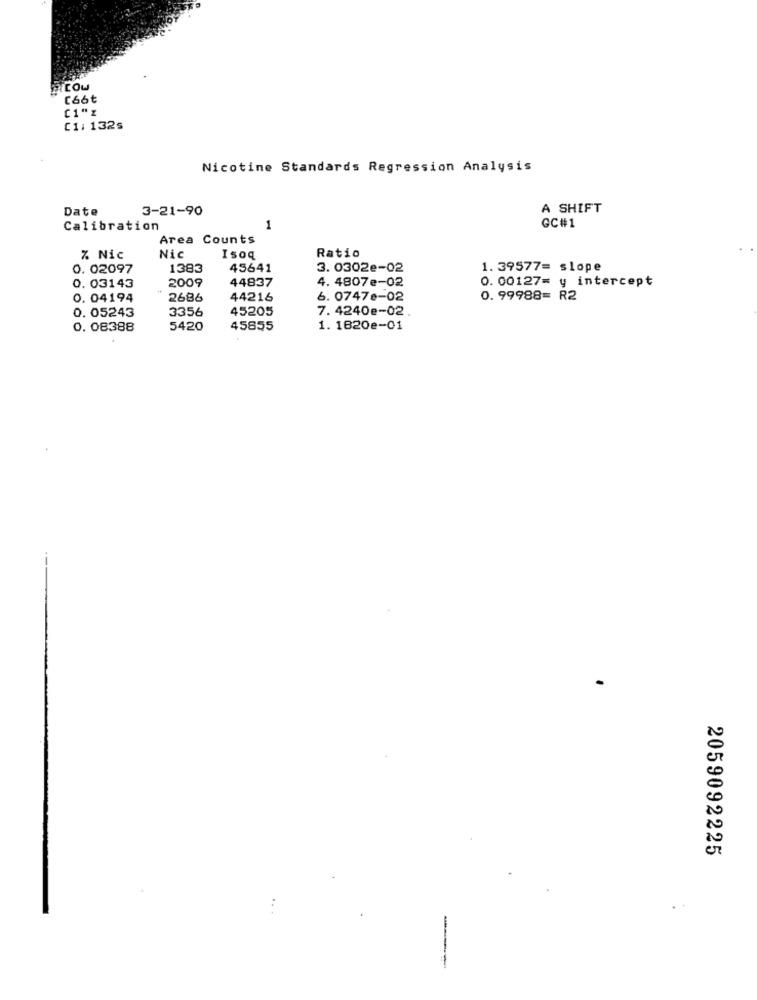
FICOU
[66t
[1" z
C1: 132s
Nicotine Standards Regression Analysis
Date
3-21-90
A SHIFT
Calibration
1
GC#1
Area Counts
Ratio
% Nic
Nic
Isoq
0. 02097
1383
45641
3. 0302e-02
1. 39577= slope
2009
44837
4. 4807e-02
0. 00127= y intercept
0. 03143
0.04194
2686
44216
6. 0747e-02
0. 99988= R2
3356
45205
7. 4240e-02 .
0. 05243
0. 08388
5420
45855
1. 1820e-01
2059092225
..
---